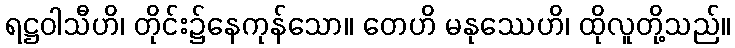
ရဋ္ဌဝါသီဟိ၊ တိုင်း၌နေကုန်သော။ တေဟိ မနုဿေဟိ၊ ထိုလူတို့သည်။